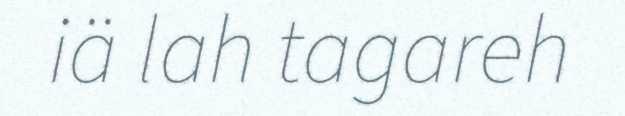
iä lah tagareh